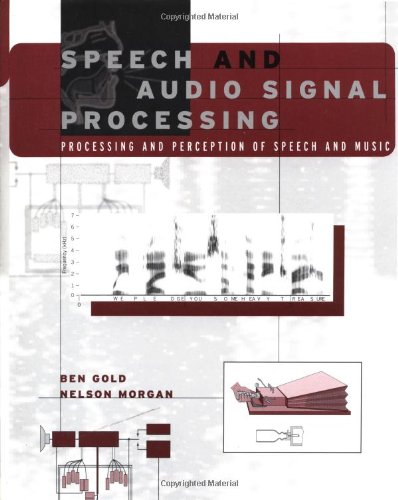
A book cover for Speech and Audio Signal Processing: Processing and Perception of Speech and Music; Ben Gold; Computers & Technology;